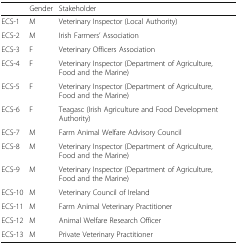
<table><thead><tr><td></td><td><b>Gender</b></td><td><b>Stakeholder</b></td></tr></thead><tbody><tr><td>ECS-1</td><td>M</td><td>Veterinary Inspector (Local Authority)</td></tr><tr><td>ECS-2</td><td>M</td><td>Irish Farmers’ Association</td></tr><tr><td>ECS-3</td><td>F</td><td>Veterinary Officers Association</td></tr><tr><td>ECS-4</td><td>F</td><td>Veterinary Inspector (Department of Agriculture, Food and the Marine)</td></tr><tr><td>ECS-5</td><td>F</td><td>Veterinary Inspector (Department of Agriculture, Food and the Marine)</td></tr><tr><td>ECS-6</td><td>F</td><td>Teagasc (Irish Agriculture and Food Development Authority)</td></tr><tr><td>ECS-7</td><td>M</td><td>Farm Animal Welfare Advisory Council</td></tr><tr><td>ECS-8</td><td>M</td><td>Veterinary Inspector (Department of Agriculture, Food and the Marine)</td></tr><tr><td>ECS-9</td><td>M</td><td>Veterinary Inspector (Department of Agriculture, Food and the Marine)</td></tr><tr><td>ECS-10</td><td>M</td><td>Veterinary Council of Ireland</td></tr><tr><td>ECS-11</td><td>M</td><td>Farm Animal Veterinary Practitioner</td></tr><tr><td>ECS-12</td><td>M</td><td>Animal Welfare Research Officer</td></tr><tr><td>ECS-13</td><td>M</td><td>Private Veterinary Practitioner</td></tr></tbody></table>